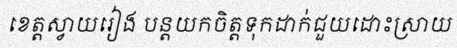
ខេត្តស្វាយរៀង បន្តយកចិត្តទុកដាក់ជួយដោះស្រាយ